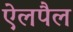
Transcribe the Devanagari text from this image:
ऐलपैल